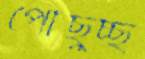
পৌঁছুচ্ছ